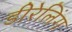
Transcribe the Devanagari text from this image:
डीरेलिंग